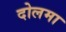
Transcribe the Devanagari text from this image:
दोलमा